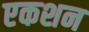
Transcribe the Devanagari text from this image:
एकशन